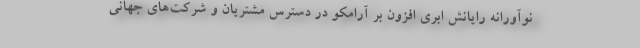
نوآورانه رایانش ابری افزون بر آرامکو در دسترس مشتریان و شرکت‌های جهانی